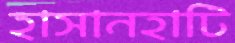
হাসানহাটি